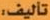
تأليف